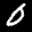
Label: 0